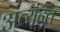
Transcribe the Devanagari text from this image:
अत्यंन्त